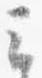
云